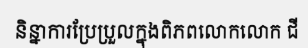
និន្នាការប្រែប្រួលក្នុងពិភពលោកលោក ជី